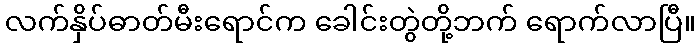
လက်နှိပ်ဓာတ်မီးရောင်က ခေါင်းတွဲတို့ဘက် ရောက်လာပြီ။